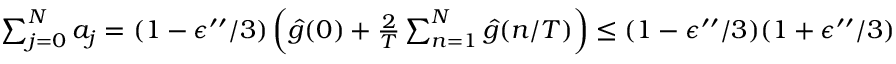
\begin{array} { r } { \sum _ { j = 0 } ^ { N } a _ { j } = ( 1 - \epsilon ^ { \prime \prime } / 3 ) \left( \hat { g } ( 0 ) + \frac { 2 } { T } \sum _ { n = 1 } ^ { N } \hat { g } ( n / T ) \right) \le ( 1 - \epsilon ^ { \prime \prime } / 3 ) ( 1 + \epsilon ^ { \prime \prime } / 3 ) < 1 , } \end{array}